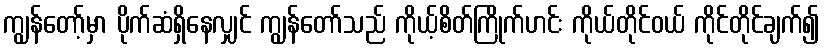
ကျွန်တော့်မှာ ပိုက်ဆံရှိနေလျှင် ကျွန်တော်သည် ကိုယ့်စိတ်ကြိုက်ဟင်း ကိုယ်တိုင်ဝယ် ကိုင်တိုင်ချက်၍